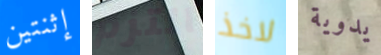
إثنتين التزم لاخذ يدوية